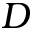
D